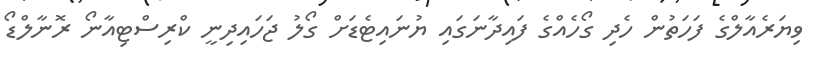
ވިޔަރެއާލްގެ ފަހަތުން ހެދި ގޯހެއްގެ ފައިދާނަގައި ޔުނައިޓެޑަށް ގޯލު ޖަހައިދިނީ ކްރިސްޓިއާނޯ ރޮނާލްޑޯ